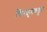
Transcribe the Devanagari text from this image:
चिपळूणकडून